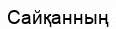
Сайқанның